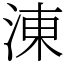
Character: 涷